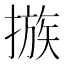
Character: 𢳇